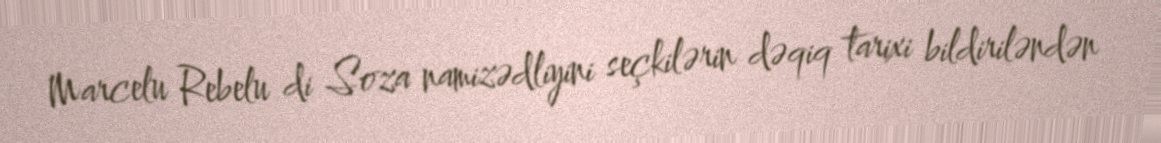
Marcelu Rebelu di Soza namizədliyini seçkilərin dəqiq tarixi bildiriləndən